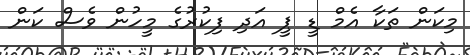
މިކަން ތަކާ އެމް ޑީ ޕީ އަދި ފިކުރުގެ މީހުން ވެސް ކަން